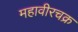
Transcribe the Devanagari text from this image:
महावीरचक्र